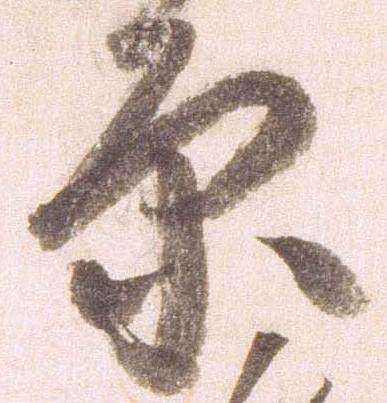
原